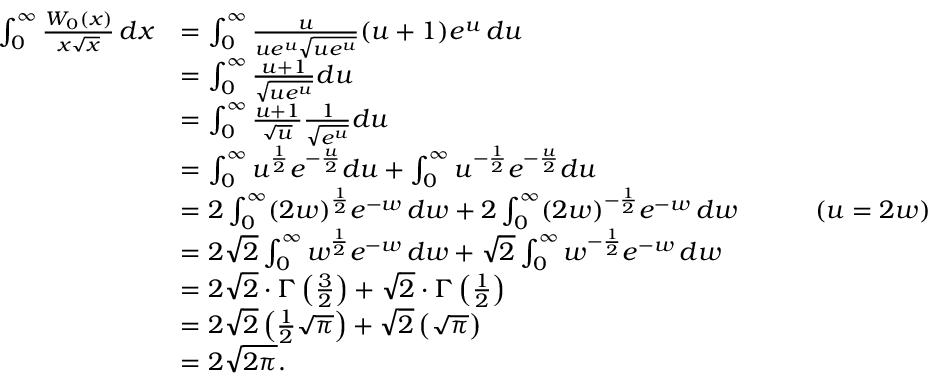
{ \begin{array} { r l r l } { \int _ { 0 } ^ { \infty } { \frac { W _ { 0 } ( x ) } { x { \sqrt { x } } } } \, d x } & { = \int _ { 0 } ^ { \infty } { \frac { u } { u e ^ { u } { \sqrt { u e ^ { u } } } } } ( u + 1 ) e ^ { u } \, d u } \\ & { = \int _ { 0 } ^ { \infty } { \frac { u + 1 } { \sqrt { u e ^ { u } } } } d u } \\ & { = \int _ { 0 } ^ { \infty } { \frac { u + 1 } { \sqrt { u } } } { \frac { 1 } { \sqrt { e ^ { u } } } } d u } \\ & { = \int _ { 0 } ^ { \infty } u ^ { \frac { 1 } { 2 } } e ^ { - { \frac { u } { 2 } } } d u + \int _ { 0 } ^ { \infty } u ^ { - { \frac { 1 } { 2 } } } e ^ { - { \frac { u } { 2 } } } d u } \\ & { = 2 \int _ { 0 } ^ { \infty } ( 2 w ) ^ { \frac { 1 } { 2 } } e ^ { - w } \, d w + 2 \int _ { 0 } ^ { \infty } ( 2 w ) ^ { - { \frac { 1 } { 2 } } } e ^ { - w } \, d w } & & { \quad ( u = 2 w ) } \\ & { = 2 { \sqrt { 2 } } \int _ { 0 } ^ { \infty } w ^ { \frac { 1 } { 2 } } e ^ { - w } \, d w + { \sqrt { 2 } } \int _ { 0 } ^ { \infty } w ^ { - { \frac { 1 } { 2 } } } e ^ { - w } \, d w } \\ & { = 2 { \sqrt { 2 } } \cdot \Gamma \left( { \frac { 3 } { 2 } } \right) + { \sqrt { 2 } } \cdot \Gamma \left( { \frac { 1 } { 2 } } \right) } \\ & { = 2 { \sqrt { 2 } } \left( { \frac { 1 } { 2 } } { \sqrt { \pi } } \right) + { \sqrt { 2 } } \left( { \sqrt { \pi } } \right) } \\ & { = 2 { \sqrt { 2 \pi } } . } \end{array} }